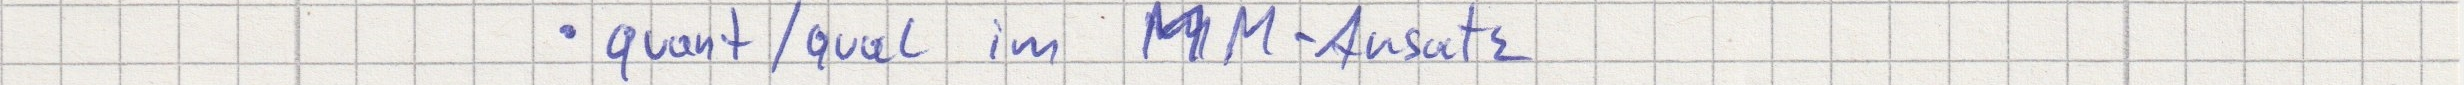
- quant / qual im MM-Ansatz